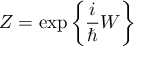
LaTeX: { \cal Z } = \exp \bigg \{ \frac { i } { \hbar } { \cal W } \bigg \}